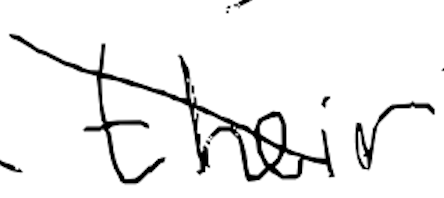
Text: their
Cross-out: diagonal
Writing tool: digital_black